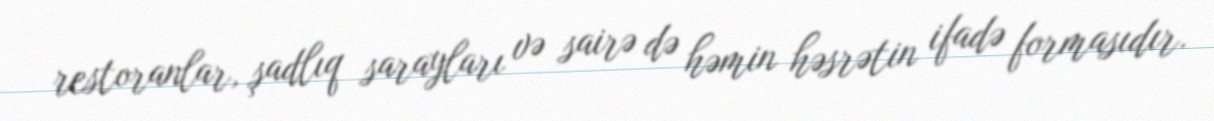
restoranlar, şadlıq sarayları və sairə də həmin həsrətin ifadə formasıdır.